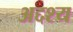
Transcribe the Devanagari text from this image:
अद्दश्य